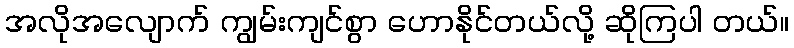
အလိုအလျောက် ကျွမ်းကျင်စွာ ဟောနိုင်တယ်လို့ ဆိုကြပါ တယ်။